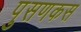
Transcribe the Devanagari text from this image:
पुसणकस